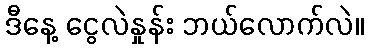
ဒီနေ့ ငွေလဲနှုန်း ဘယ်လောက်လဲ။